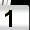
Digit: 1